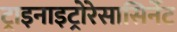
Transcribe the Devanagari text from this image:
ट्राइनाइट्रोरेसासिर्नेट